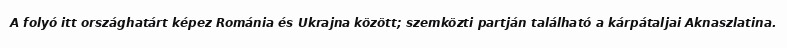
A folyó itt országhatárt képez Románia és Ukrajna között; szemközti partján található a kárpátaljai Aknaszlatina.